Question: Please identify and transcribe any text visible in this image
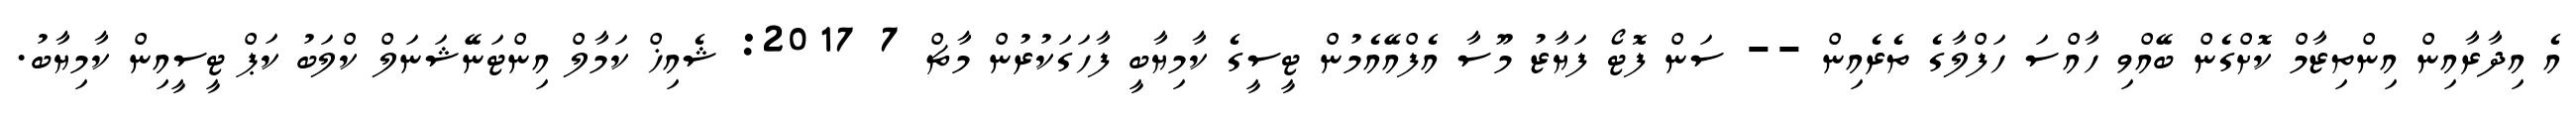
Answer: އެ އިދާރާއިން އިންތިޒާމް ކޮށްގެން ބޭއްވި ހާއްސަ ހަފްލާގެ ތެރެއިން -- ސަން ފޮޓޯ ފަޔާޒު މޫސާ އެފްއޭއެމުން ޓީސީގެ ކާމިޔާބީ ފާހަގަކުރުން މާޗް 7 2017: ޝެއިޚް ކަމާލް އިންޓަނޭޝަނަލް ކްލަބު ކަޕް ޓީސީއިން ކާމިޔާބު.